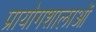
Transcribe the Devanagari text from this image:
प्रायोगशालाओं